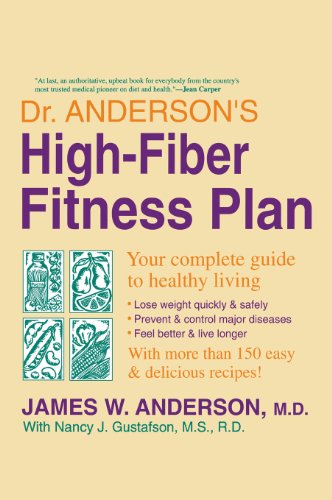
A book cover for Dr. Anderson's High-Fiber Fitness Plan; James Anderson; Health, Fitness & Dieting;